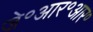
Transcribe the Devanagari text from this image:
जे॰आर॰आर॰